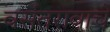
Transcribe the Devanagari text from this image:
वसंतरावाचे